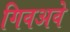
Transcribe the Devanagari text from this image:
गिवअवे